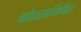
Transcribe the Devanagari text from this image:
कोळसानिर्मित